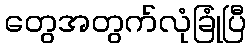
တွေအတွက်လုံခြုံပြီ